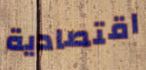
اقتصادية